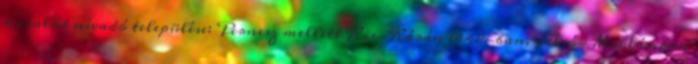
a család névadó települése: Pernesz mellett Kis-Kárán 1448-ban, Felső-Miklósiban